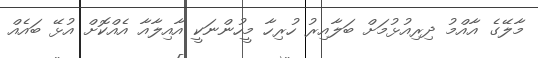
މާލޭގެ އާއްމު ދިރިއުޅުމަށް ބަލާއިރު ހުރިހާ މީހުންނަކީ އާއިލާއާ އެއްކޮށް އުޅޭ ބައެއް